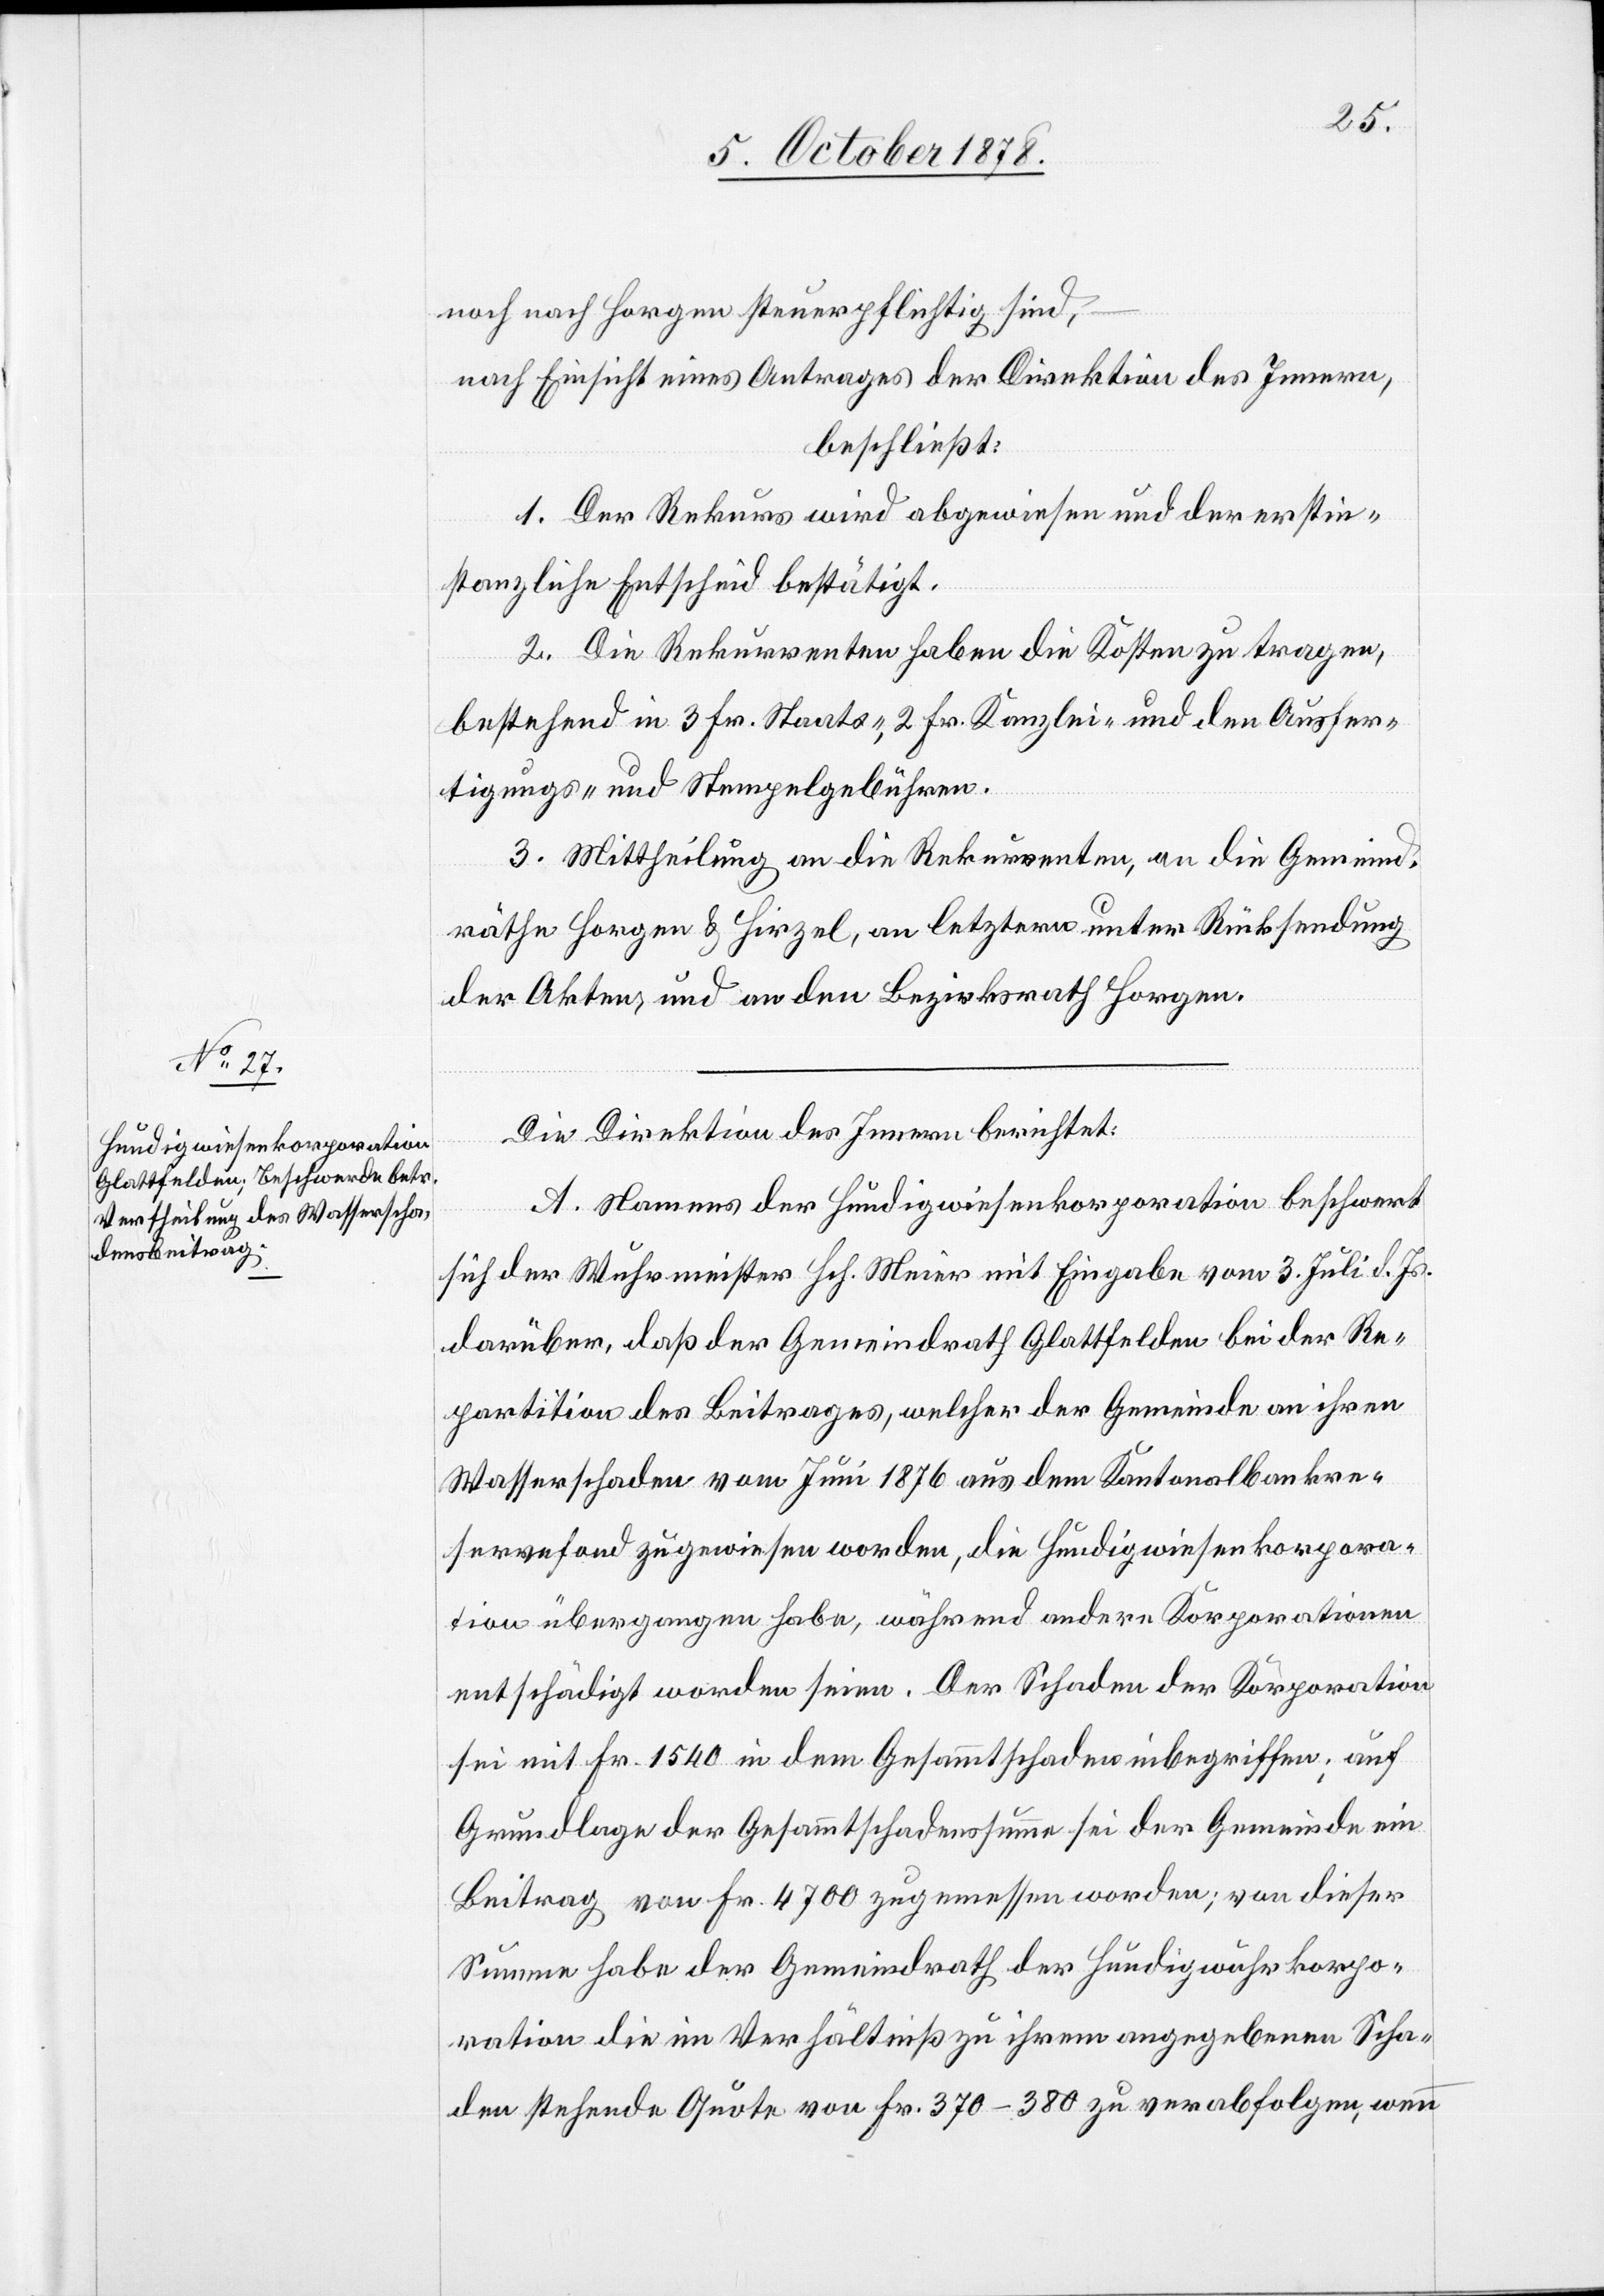
noch nach Horgen steuerpflichtig sind,
nach Einsicht eines Antrages der Direktion des Innern,
beschließt:
1. Der Rekurs wird abgewiesen und der erstin¬
stanzliche Entscheid bestätigt.
2. Die Rekurrenten haben die Kosten zu tragen,
bestehend in 3 Fr. Staats-, 2 Fr. Kanzlei- und den Ausfer¬
tigungs- und Stempelgebühren.
3. Mittheilung an die Rekurrenten, an die Gemeind¬
räthe Horgen & Hirzel, an letztere unter Rücksendung
der Akten und an den Bezirksrath Horgen.
Die Direktion des Innern berichtet:
A. Namens der Hundigwiesenkorporation beschwert
sich der Wuhrmeister Hch. Meier mit Eingabe vom 3. Juli d. Js.
darüber, daß der Gemeindrath Glattfelden bei der Re¬
partition des Beitrages, welcher der Gemeinde an ihren
Wasserschaden vom Juni 1876 aus dem Kantonalbankre¬
servefond zugewiesen worden, die Hundigwiesenkorpora¬
tion übergangen habe, während andere Korporationen
entschädigt worden seien. Der Schaden der Korporationen
sei mit Fr. 1540 in dem Gesammtschaden inbegriffen; auf
Grundlage der Gesammtschadenssumme sei der Gemeinde ein
Beitrag von Fr. 4700 zugemessen worden; von dieser
Summe habe der Gemeindrath der Hundigwuhrkorpo¬
ration die im Verhältniß zu ihrem angegebenen Scha¬
den stehende Quote von Fr. 370–380 zu verabfolgen, wenn